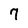
Character: 7